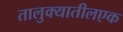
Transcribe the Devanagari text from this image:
तालुक्यातीलएक